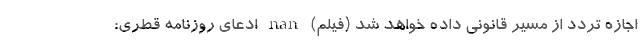
اجازه تردد از مسیر قانونی داده خواهد شد (فیلم) nan ادعای روزنامه قطری: